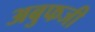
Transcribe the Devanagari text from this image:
अबुफजी